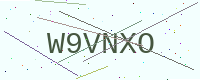
Text: W9VNXO